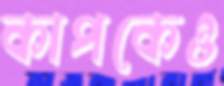
কাপকেও